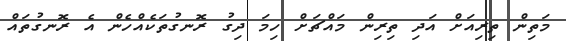
މަތިން ތިރިއަށް އަދި ތިރިން މައްޗަށް ހިމަ ދިގު ރޮނގުތަކެއްހެން އެ ރޮނގުތައް